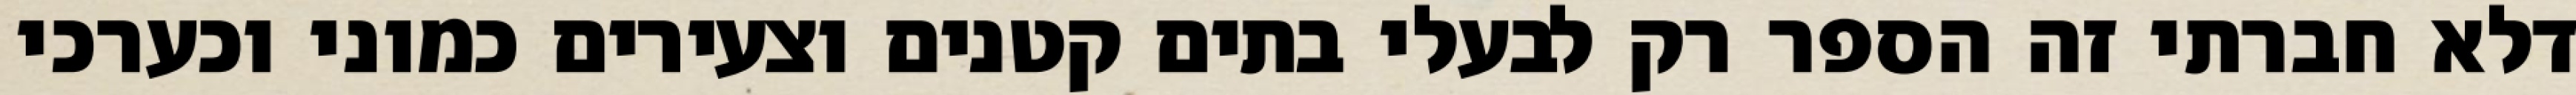
דלא חברתי זה הספר רק לבעלי בתים קטנים וצעירים כמוני וכערכי